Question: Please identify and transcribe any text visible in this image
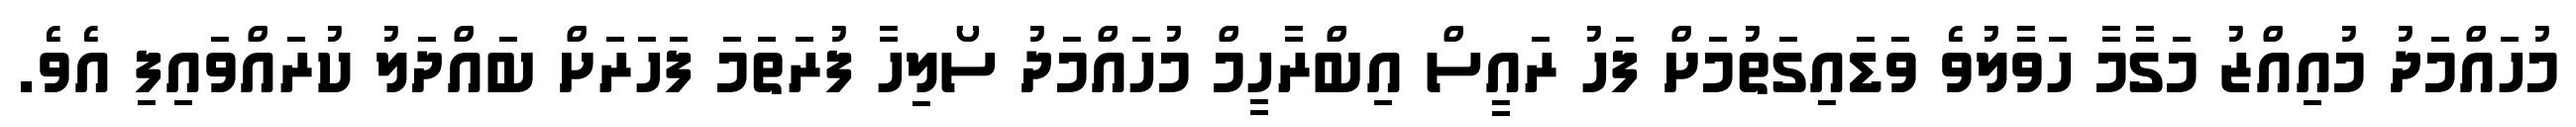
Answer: މުހައްމަދު މުއިއްޒު މަގާމާ ހަވާލުވެ ވަޑައިގަތުމަށް ފަހު ރައީސް އިބްރާހީމް މުހައްމަދު ސޯލިހާ ފުރަތަމަ ފަހަރަށް ބައްދަލު ކުރައްވައިފި އެވެ.